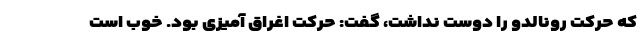
که حرکت رونالدو را دوست نداشت، گفت: حرکت اغراق آمیزی بود. خوب است